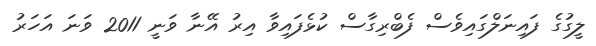
ލީގުގެ ފައިނަލްގައިވެސް ފެބްރިގާސް ކުޅެފައިވާ އިރު އޭނާ ވަނީ 2011 ވަނަ އަހަރު